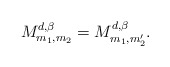
\begin{align*}M_{m_{1},m_{2}}^{ d,\beta}=M_{m_{1},m_{2}'}^{ d,\beta}.\end{align*}